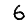
Digit: 6